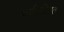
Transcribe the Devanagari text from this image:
पर्यवटिक्षत